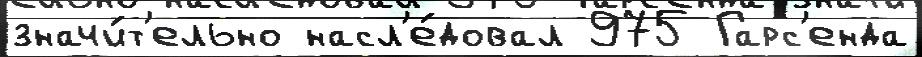
значи́т'ельно насл'е́довал 975 Гарс'енда